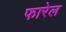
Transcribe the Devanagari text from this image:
फारेल